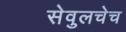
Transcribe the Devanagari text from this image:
सेवुलचेच